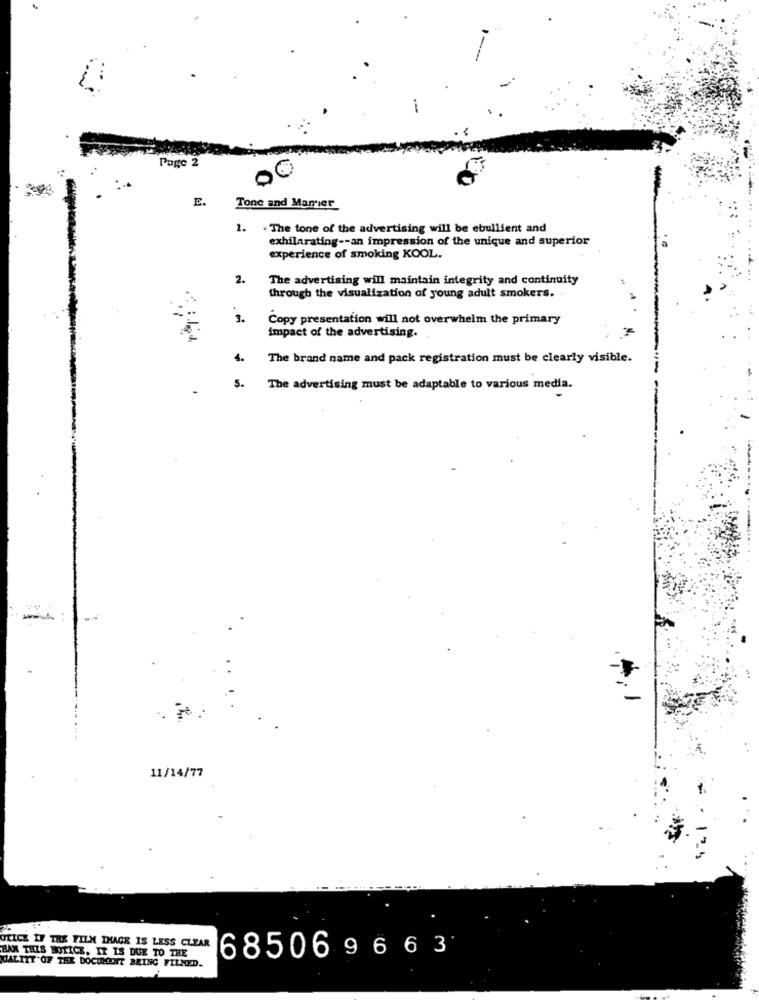
Page 2
E.
Tone and Manier
1. . The tone of the advertising will be ebullient and
exhilarating -- an impression of the unique and superior
experience of smoking KOOL.
2.
The advertising will maintain integrity and continuity
through the visualization of young adult smokers.
3.
Copy presentation will not overwhelm the primary
impact of the advertising.
4.
The brand name and pack registration must be clearly visible.
5.
The advertising must be adaptable to various media.
11/14/77
ULICE IF THE FILM THAGR IS LESS CLEAR
BAX THIS NOTICE. IT IS DUE TO THE
685069663
UALITY OF THE DOCUMENT BRING FILMED.